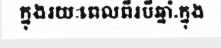
ក្នុងរយៈពេលពីរបីឆ្នាំ.ក្នុង